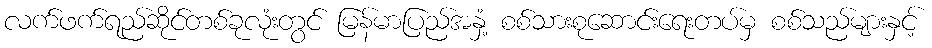
လက်ဖက်ရည်ဆိုင်တစ်ခုလုံးတွင် မြန်မာပြည်အနှံ့ စစ်သားစုဆောင်းရေးတပ်မှ စစ်သည်များနှင့်